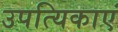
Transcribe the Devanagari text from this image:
उपत्यिकाएं